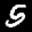
Label: 5